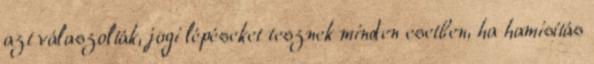
azt válaszolták, jogi lépéseket tesznek minden esetben, ha hamisítás